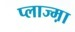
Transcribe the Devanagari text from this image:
प्लाज्म़ा